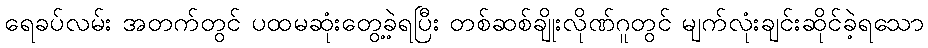
ရေခပ်လမ်း အတက်တွင် ပထမဆုံးတွေ့ခဲ့ရပြီး တစ်ဆစ်ချိုးလိုဏ်ဂူတွင် မျက်လုံးချင်းဆိုင်ခဲ့ရသော